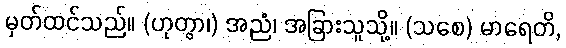
မှတ်ထင်သည်။ (ဟုတွာ၊) အညံ၊ အခြားသူသို့။ (သစေ) မာရေတိ,